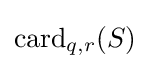
\operatorname {card} _{q,r}(S)